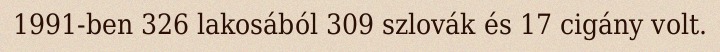
1991-ben 326 lakosából 309 szlovák és 17 cigány volt.